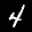
Label: 4